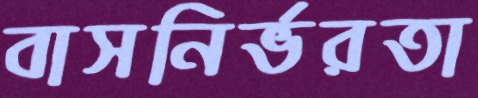
বাসনির্ভরতা